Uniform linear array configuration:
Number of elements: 24
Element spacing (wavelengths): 0.25
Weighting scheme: blackman
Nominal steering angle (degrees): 60
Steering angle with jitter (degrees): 58.436
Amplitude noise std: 0.05
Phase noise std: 0.05

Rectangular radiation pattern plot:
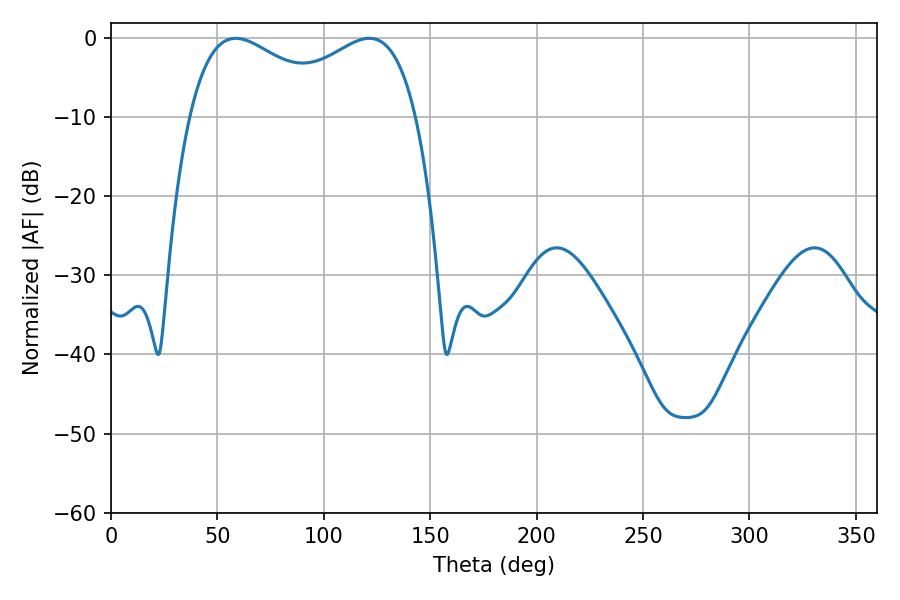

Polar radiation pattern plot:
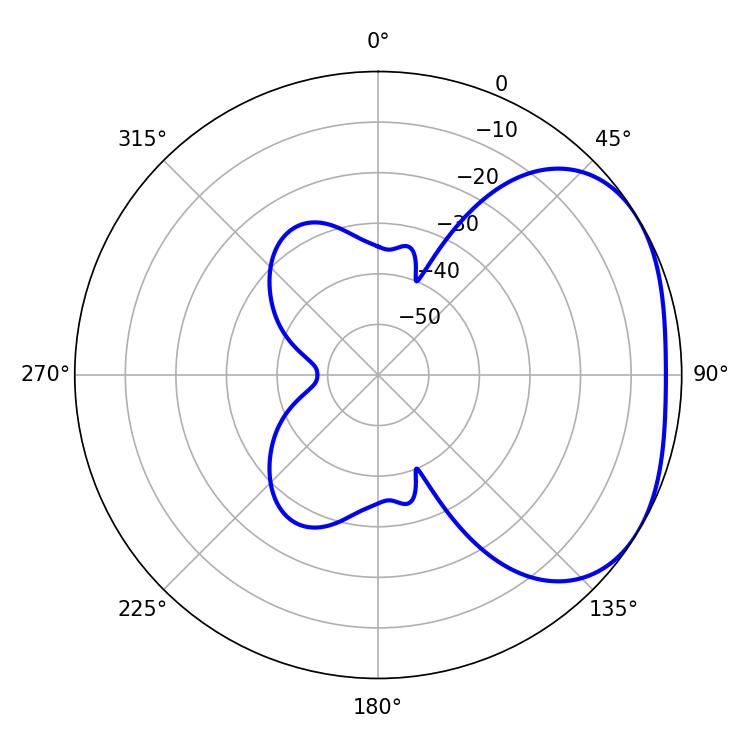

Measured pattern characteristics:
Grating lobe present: FALSE
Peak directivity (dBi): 2.643
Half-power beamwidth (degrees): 40.32
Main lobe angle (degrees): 58.68